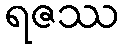
ရဇဿ